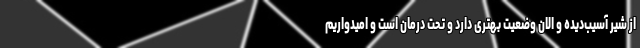
از شیر آسیب‌دیده و الان وضعیت بهتری دارد و تحت درمان است و امیدواریم